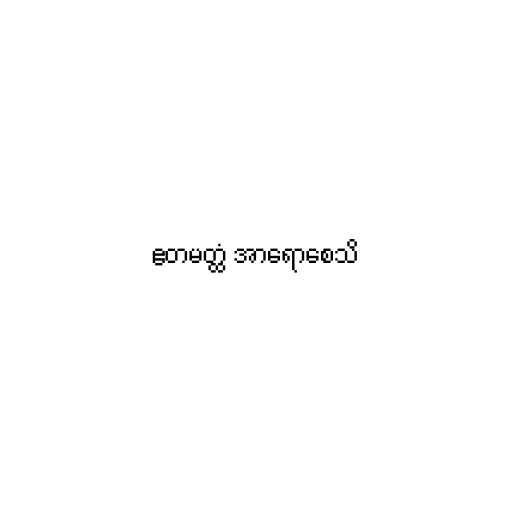
ဧတမတ္ထံ အာရောစေသိ